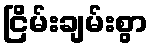
ငြိမ်းချမ်းစွာ